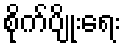
စိုက်ပျိုးရေး